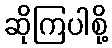
ဆိုကြပါစို့